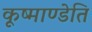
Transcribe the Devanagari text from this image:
कूष्माण्डेति